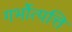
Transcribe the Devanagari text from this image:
गर्भोत्पत्ति